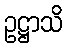
ဥဋ္ဌာသိ